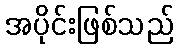
အပိုင်းဖြစ်သည်